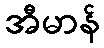
အီမာန်